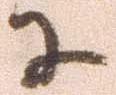
に